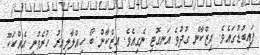
ފައިބުޑުގައެވެ. އިޒްކާން ގުދުވެ އަނގޮޓި ނެގިއެވެ. އިޒްކާން ބޯ ހިއްލާލިއިރު ހުރެވުނީ އެއްކަކޫ